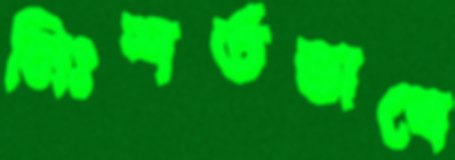
নিঃশর্তভাবে